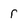
Character: r